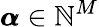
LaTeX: {{\pmb{\alpha}}}\in\mathbb{N}^{M}